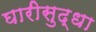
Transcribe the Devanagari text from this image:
घारीसुद्धा